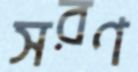
সরণ